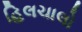
હિલચાલો